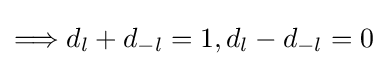
\Longrightarrow d_{l}+d_{-l}=1,d_{l}-d_{-l}=0